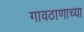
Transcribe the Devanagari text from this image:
गावठाणाच्या